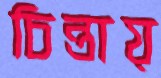
চিন্তায়